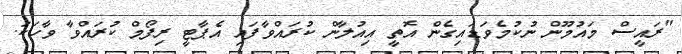
"ރައީސް މައުމޫން ނުކުމެވަޑައިގެން އޮތީ އިއުލާން ކުރައްވާފައި އެޕާޓީ ރިފޯމް ކުރައްވާ ވާހަކަ.